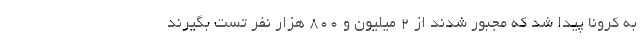
به کرونا پیدا شد که مجبور شدند از ۲ میلیون و ۸۰۰ هزار نفر تست بگیرند